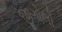
જીગોલો